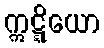
ဣဋ္ဋိယော